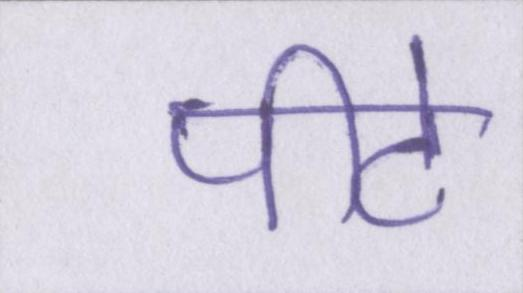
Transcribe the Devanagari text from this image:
पीटे